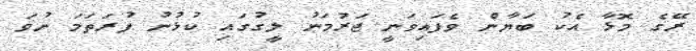
ރޭގެ މޮޅާ އެކު ބަޔާން ވެފައިވަނީ ޖަރުމަނު ލީގުގައި ކުޅުނު ފުރަތަމަ ނުވަ